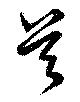
酋